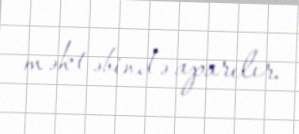
məktəbində aparılır.